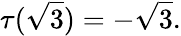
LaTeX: \tau({\sqrt{3}})=-{\sqrt{3}}.